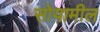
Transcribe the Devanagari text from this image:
सोयामील